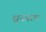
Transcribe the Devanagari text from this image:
शृनगरम